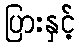
ပြားနှင့်